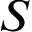
S